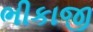
ભીકાજી